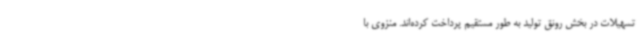
تسهیلات در بخش رونق تولید به طور مستقیم پرداخت کرده‌اند. منزوی با